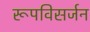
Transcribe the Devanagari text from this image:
रूपविसर्जन